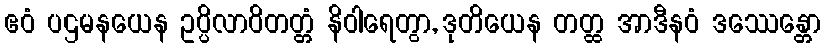
ဧဝံ ပဌမနယေန ဥပ္ပိလာဝိတတ္တံ နိဝါရေတွာ, ဒုတိယေန တတ္ထ အာဒီနဝံ ဒဿေန္တော